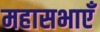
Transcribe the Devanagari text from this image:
महासभाएँ